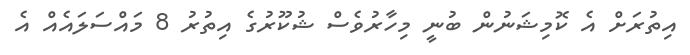
އިތުރަށް އެ ކޮމިޝަނުން ބުނީ މިހާރުވެސް ޝުކޫރުގެ އިތުރު 8 މައްސަލައެއް އެ